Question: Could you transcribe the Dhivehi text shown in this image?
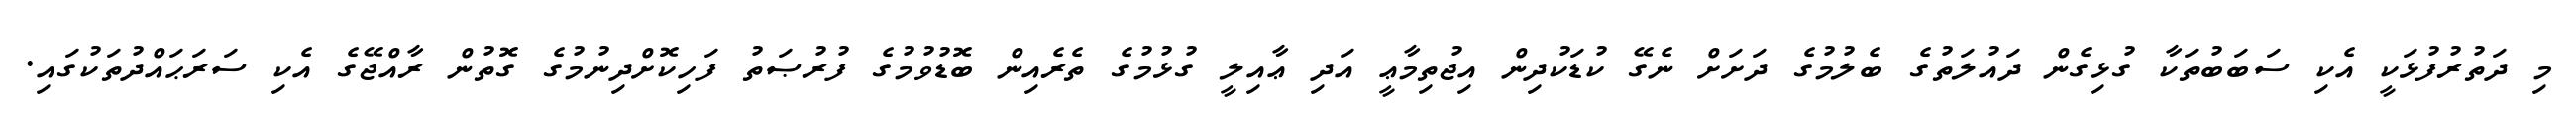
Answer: މި ދަތުރުފުޅަކީ އެކި ސަބަބުތަކާ ގުޅިގެން ދައުލަތުގެ ބެލުމުގެ ދަށަށް ނެގޭ ކުޑަކުދިން އިޖުތިމާޢީ އަދި ޢާއިލީ ގުޅުމުގެ ތެރެއިން ބޮޑުވުމުގެ ފުރުޞަތު ފަހިކޮށްދިނުމުގެ ގޮތުން ރާއްޖޭގެ އެކި ސަރަޙައްދުތަކުގައި.